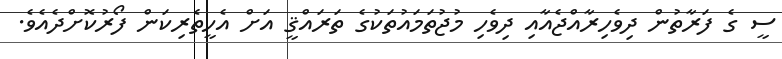
ސީ ގެ ފަރާތުން ދިވެހިރާއްޖެއާއި ދިވެހި މުޖުތަމައުތަކުގެ ތަރައްޤީ އަށް އެހީތެރިކަން ފޯރުކޮށްދެއެވެ.